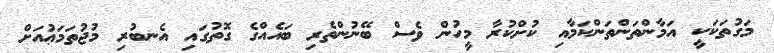
މަގުތަކަކީ އަމާންތަންތަންކަމާއި ކުށްކުރާ މީހުން ވެސް ބޭނުންތެރި ބައެއްގެ ގޮތުގައި އެނބުރި މުޖުތަމަޢުއަށް